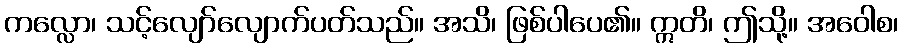
ကလ္လော၊ သင့်လျော်လျောက်ပတ်သည်။ အသိ၊ ဖြစ်ပါပေ၏။ ဣတိ၊ ဤသို့။ အဝေါစ၊